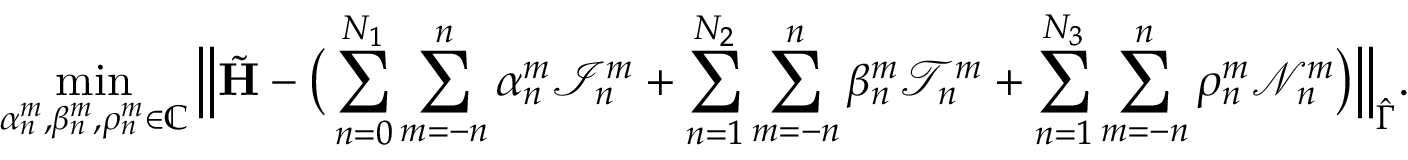
\operatorname* { m i n } _ { \alpha _ { n } ^ { m } , \beta _ { n } ^ { m } , \rho _ { n } ^ { m } \in \mathbb C } \Big \| \tilde { \mathbf { H } } - \big ( \sum _ { n = 0 } ^ { N _ { 1 } } \sum _ { m = - n } ^ { n } \alpha _ { n } ^ { m } \mathcal { I } _ { n } ^ { m } + \sum _ { n = 1 } ^ { N _ { 2 } } \sum _ { m = - n } ^ { n } \beta _ { n } ^ { m } \mathcal { T } _ { n } ^ { m } + \sum _ { n = 1 } ^ { N _ { 3 } } \sum _ { m = - n } ^ { n } \rho _ { n } ^ { m } \mathcal { N } _ { n } ^ { m } \big ) \Big \| _ { \hat { \Gamma } } .